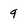
Character: 9